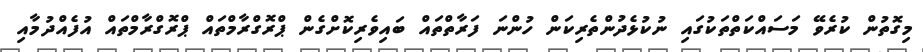
މިގޮތުން ކުރެވޭ މަސައްކަތްތަކުގައި ނުކުޅެދުންތެރިކަން ހުންނަ ފަރާތްތައް ބައިވެރިކޮށްގެން ޕްރޮގްރާމްތައް ޕްރޮގްރާމްތައް އުފެއްދުމާއި